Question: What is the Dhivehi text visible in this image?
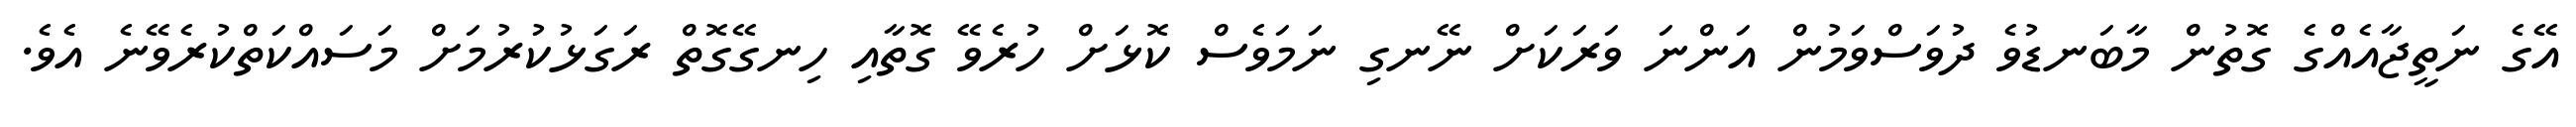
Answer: އޭގެ ނަތީޖާއެއްގެ ގޮތުން މާބަނޑުވެ ދުވަސްވަމުން އަންނަ ވަރަކަށް ނޭނގި ނަމަވެސް ކޮޅަށް ހުރެވޭ ގޮތާއި ހިނގޭގޮތް ރަގަޅުކުރުމަށް މަސައްކަތްކުރެވޭނެ އެވެ.